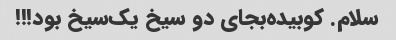
سلام‌. ‌کوبیده‌بجای دو سیخ یک‌سیخ بود!!! ‌